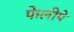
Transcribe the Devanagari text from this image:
फेलीपे